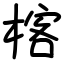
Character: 楁